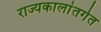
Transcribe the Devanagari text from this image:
राज्यकालांतर्गत